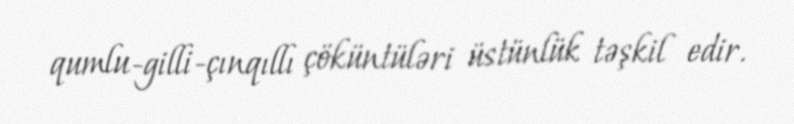
qumlu-gilli-çınqıllı çöküntüləri üstünlük təşkil edir.